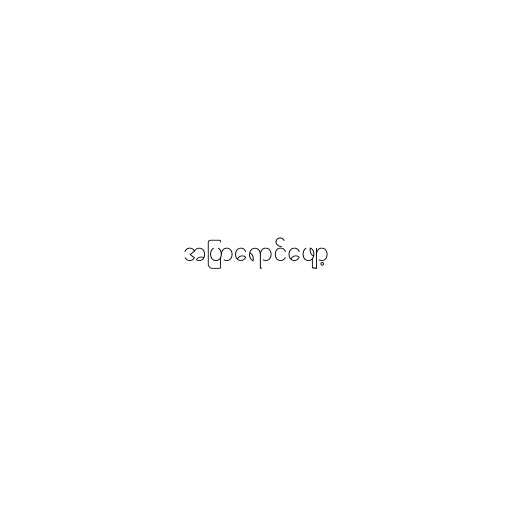
အပြာရောင်ဖျော့